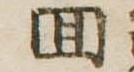
回